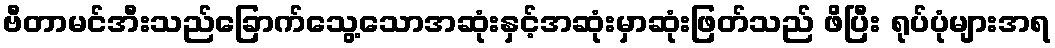
ဗီတာမင်အီးသည်ခြောက်သွေ့သောအဆုံးနှင့်အဆုံးမှာဆုံးဖြတ်သည် ဖိပြီး ရုပ်ပုံများအရ